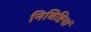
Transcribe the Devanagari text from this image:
निविष्टियां